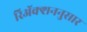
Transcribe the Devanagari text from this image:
रिॲक्शननुसार